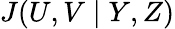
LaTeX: J(U,V\mid Y,Z)